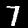
Label: 7